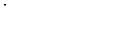
.